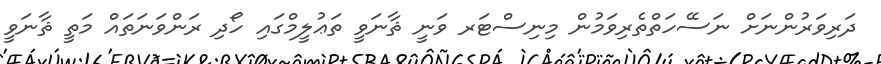
ދަރިވަރުންނަށް ނަސޭހަތްތެރިވަމުން މިނިސްޓަރ ވަނީ ޘާނަވީ ތަޢުލީމްގައި ހޯދި ރަންވަނަތައް މަތީ ޘާނަވީ